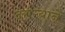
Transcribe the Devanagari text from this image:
दराऱ्याने